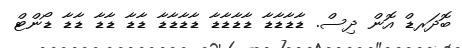
ބޮދަރޑް އޮން ދިސް. ޑާޑާޑާޑާ ޑާޑާޑާޑާ ޑާޑާޑާޑާ ޑާޑާ ޑާޑާ ޑާޑާ ޑޯންޓް